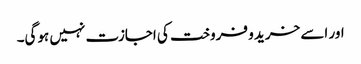
اور اسے خرید و فروخت کی اجازت نہیں ہوگی۔